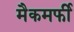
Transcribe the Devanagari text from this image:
मैकमर्फी